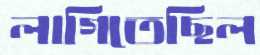
লাগিতেছিল